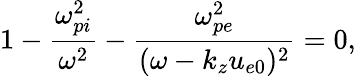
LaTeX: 1-\frac{\omega_{pi}^{2}}{\omega^{2}}-\frac{\omega_{pe}^{2}}{(\omega-k_{z}u_{e0})^{2}}=0,